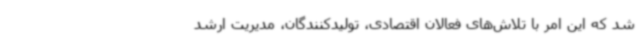
شد که این امر با تلاش‌های فعالان اقتصادی، تولیدکنندگان، مدیریت ارشد